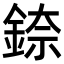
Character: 錼